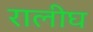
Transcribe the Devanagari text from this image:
रालीघ